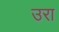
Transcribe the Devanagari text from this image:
उरा